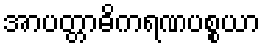
အာပတ္တာဓိကရဏပစ္စယာ